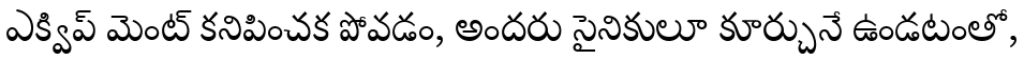
ఎక్విప్ మెంట్ కనిపించక పోవడం, అందరు సైనికులూ కూర్చునే ఉండటంతో,